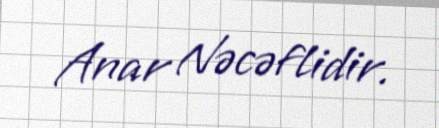
Anar Nəcəflidir.